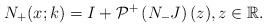
\begin{align*}N_+ (x;k)=I+ \mathcal{P}^+\left(N_- J \right)(z), z \in \mathbb{R}.\end{align*}